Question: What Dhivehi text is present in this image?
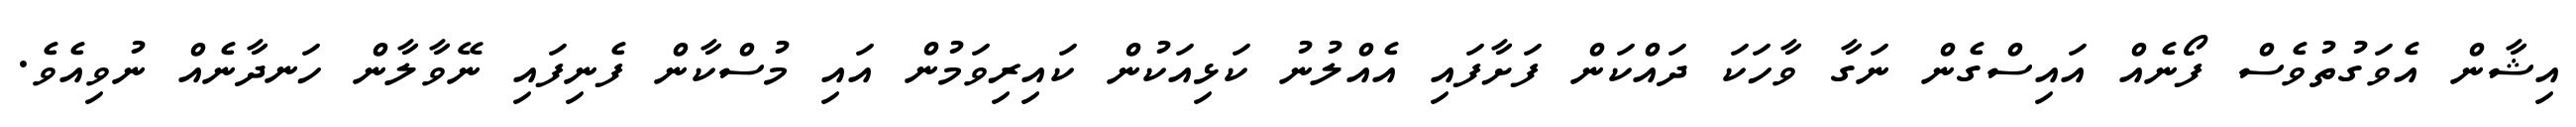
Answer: އިޝާން އެވަގުތުވެސް ފޯނެއް އައިސްގެން ނަގާ ވާހަކަ ދައްކަން ފަށާފައި އެއްލުނު ކަޅިއަކުން ކައިރިވަމުން އައި މުސްކާން ފެނިފައި ނޭވާލާން ހަނދާނެއް ނުވިއެވެ.